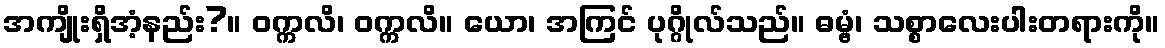
အကျိုးရှိအံ့နည်း?။ ဝက္ကလိ၊ ဝက္ကလိ။ ယော၊ အကြင် ပုဂ္ဂိုလ်သည်။ ဓမ္ဗံ၊ သစ္စာလေးပါးတရားကို။